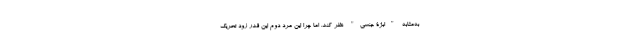
به‌مثابه "ابژۀ جنسی" نظر کند. اما چرا این مرد دوم این قدر زود تحریک